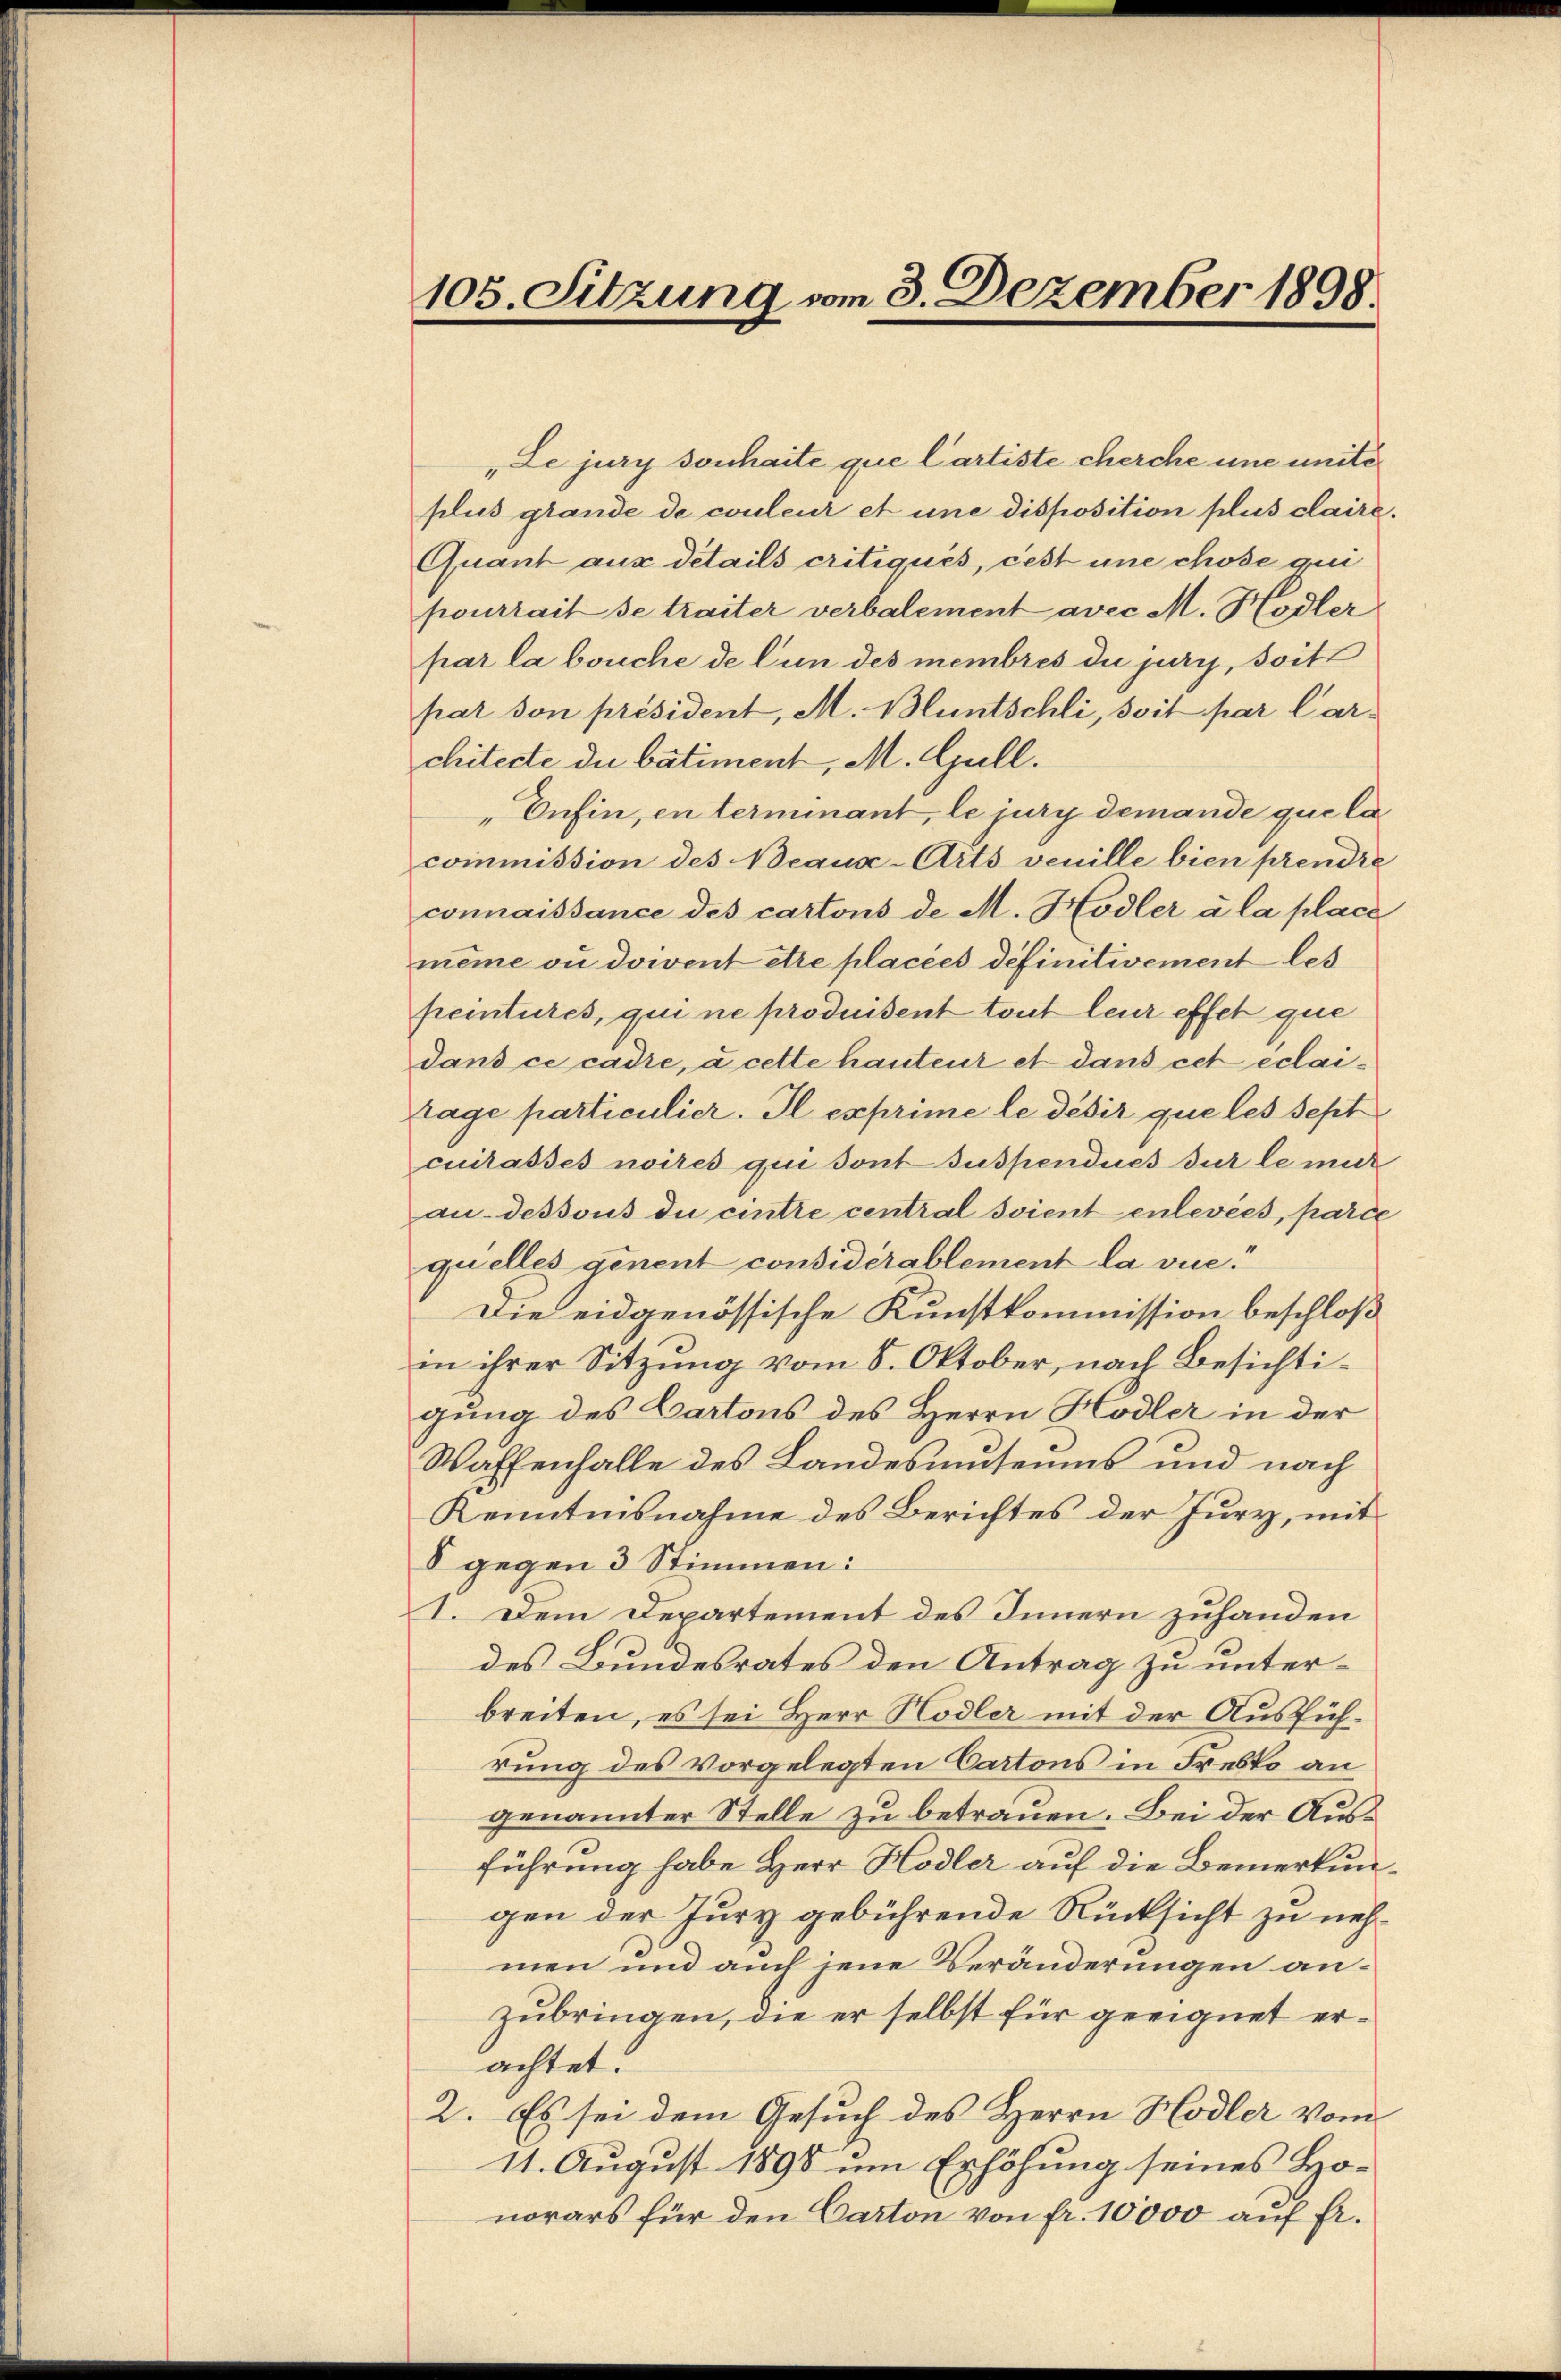
105. Sitzung vom 3. Dezember 1898.

"Le jury sonhaite que Cartiste cherche une uniteplus glande de couleur et une disposition plus claire.
Quant aus details critiqués, cest une chose qui
pourrait se traiter verbalement avec M. Hodler
par la bouche de lun des membres du jury, soit
pat son président, M. Bluntschli, soit par Carchitecte du bâtiment, M. Gull.
„Enfin, en terminant, le jury demande que la
commission des Beaus-Arts veuille bien prendre
connaissance des cartons de M. Hodler à la place
même ou doivent être placées definitivement les
pemtures, qui ne produisent tout leur effet que
dans ce cadre, à cette hauteur et dans cet éclaitage particulier. Il exprime le désir que les sept
cuilasses noites qui sont suspendues sur le mich
au-dessous de cintre central soient enlevées, parie
quelles genent considérablement la vie.
Die eidgenössische Kunstkommission beschloß
in ihrer Sitzung vom 8. Oktober, nach Besichtigung des Cartons des Herrn Hodler in der
Waffenhalle des Landesumseums und nach
Kenntnisnahme des Berichtes der Jury, mit
8 gegen 3 Stimmen:
I. Dem Departement des Innern zuhanden
des Bundesrates den Antrag zu unter-
breiten, es sei Herr Hodler mit der Ausführung des vorgelegten Cartons in Freito an
genannter Stelle zu betrauen. Bei der Ausführung habe Herr Hodler auf die Bemerkun-
gen der Jury gebührende Rücksicht zu nehmen und auch jene Veränderungen anzubringen, die er selbst für geeignet erachtet.
2. Es sei dem Gesuch des Herrn Hodler vom
11. August 1898 um Erhöhung seines Ho-
norars für den Carton von fr. 10000 auf Fr.